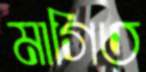
মাগিত